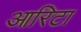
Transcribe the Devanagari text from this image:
आरिटा